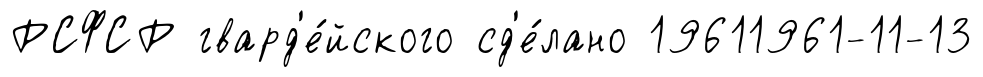
РСФСР гвард'е́йского сд'е́лано 19611961-11-13